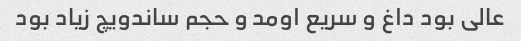
عالی بود داغ و سریع اومد و حجم ساندویچ زیاد بود